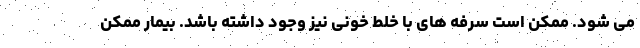
می شود. ممکن است سرفه های با خلط خونی نیز وجود داشته باشد. بیمار ممکن